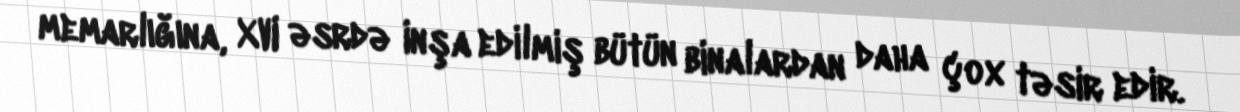
memarlığına, XVI əsrdə inşa edilmiş bütün binalardan daha çox təsir edir.